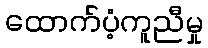
ထောက်ပံ့ကူညီမှု